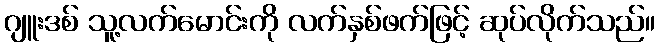
ဂျူးဒစ် သူ့လက်မောင်းကို လက်နှစ်ဖက်ဖြင့် ဆုပ်လိုက်သည်။